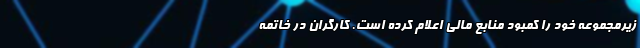
زیرمجموعه خود را کمبود منابع مالی اعلام کرده است. کارگران در خاتمه